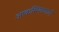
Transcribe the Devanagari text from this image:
आकस्मिकताएँ